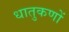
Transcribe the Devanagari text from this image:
धातुकणों